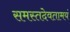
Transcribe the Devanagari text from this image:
समस्तदेवतामयं